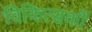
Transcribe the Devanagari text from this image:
विकित्सकों